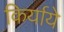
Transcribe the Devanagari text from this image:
किर्याये